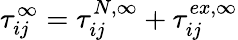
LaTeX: \tau_{ij}^{\infty}=\tau_{ij}^{N,\infty}+\tau_{ij}^{ex,\infty}